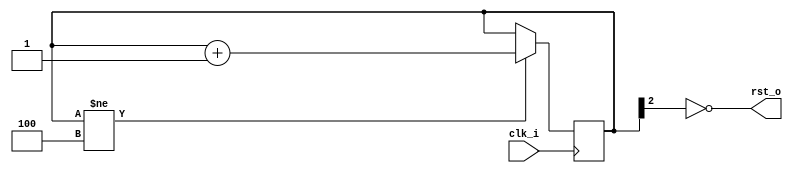
`timescale 1ns/1ps
/* Debouncer
* The TapTempo Project
* Fabien Marteau <mail@fabienm.eu>
*/

module rstgen (
    input clk_i,
    output rst_o
);


reg [2:0] rst_count;

initial
    rst_count <= 3'b000;

always @(posedge clk_i) begin
    if (rst_count != 3'b100)
        rst_count = rst_count + 3'b1;
end

assign rst_o = !rst_count[2];

/*********************/
/* Yosys formal part */
/*********************/
`ifdef FORMAL

reg past_valid;
reg [7:0] cycle_count = 0;

initial begin
    past_valid <= 1'b0;
    assert(rst_o);
end

always@(posedge clk_i)
begin
    cover(!rst_o);
    if(rst_count >= 3'b100)
        assert(!rst_o);
end

`endif

endmodule